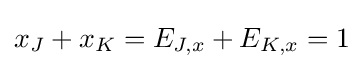
x_{J}+x_{K}=E_{J,x}+E_{K,x}=1